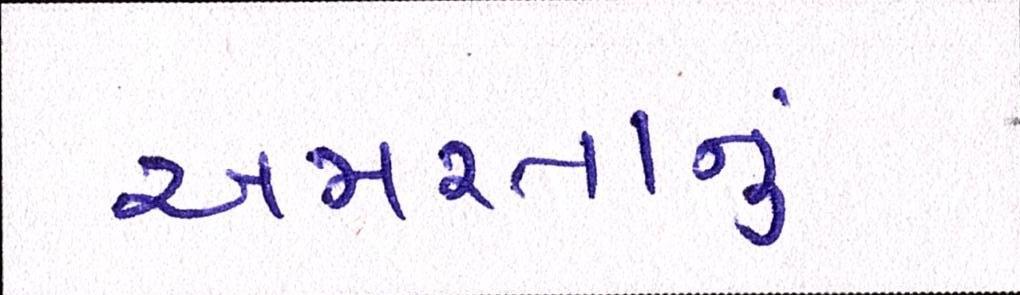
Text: અમરતાનું